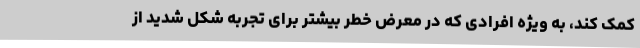
کمک کند، به ویژه افرادی که در معرض خطر بیشتر برای تجربه شکل شدید از